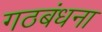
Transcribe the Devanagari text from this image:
गठबंधना